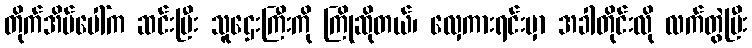
တိုက်အိမ်ပေါ်က ဆင်းပြီး သူဌေးကြီးကို ကြိုဆိုတယ်၊ လှေကားရင်းမှာ အခါတိုင်းလို လက်တွဲပြီး